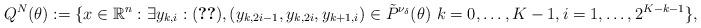
LaTeX: \begin{align*}Q^N (\theta) := \{x\in\mathbb{R}^{n} : \exists y_{k,i} : \eqref{eq:towerLinear} , (y_{k,2i-1}, y_{k,2i}, y_{k+1,i}) \in \tilde P^{\nu_\delta}(\theta) \ k=0,\dots,K-1, i=1,\dots, 2^{K-k-1} \},\end{align*}